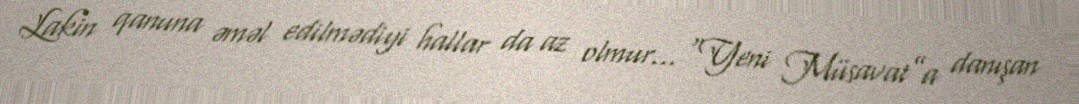
Lakin qanuna əməl edilmədiyi hallar da az olmur... “Yeni Müsavat”a danışan